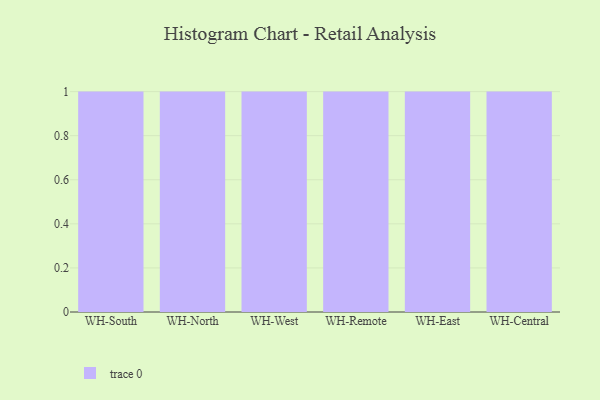
{"axis": {"x": "Warehouse", "y": "Tickets Resolved"}, "legend": [""], "data": [{"x": "WH-South", "y": 93, "type": ""}, {"x": "WH-North", "y": 91, "type": ""}, {"x": "WH-West", "y": 27, "type": ""}, {"x": "WH-Remote", "y": 23, "type": ""}, {"x": "WH-East", "y": 75, "type": ""}, {"x": "WH-Central", "y": 20, "type": ""}]}